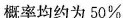
概率均约为50%